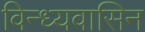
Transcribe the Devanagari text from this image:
विन्ध्यवासिन